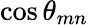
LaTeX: \cos\theta_{mn}